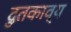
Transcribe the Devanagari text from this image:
दुतकाव्य